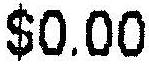
$0.00